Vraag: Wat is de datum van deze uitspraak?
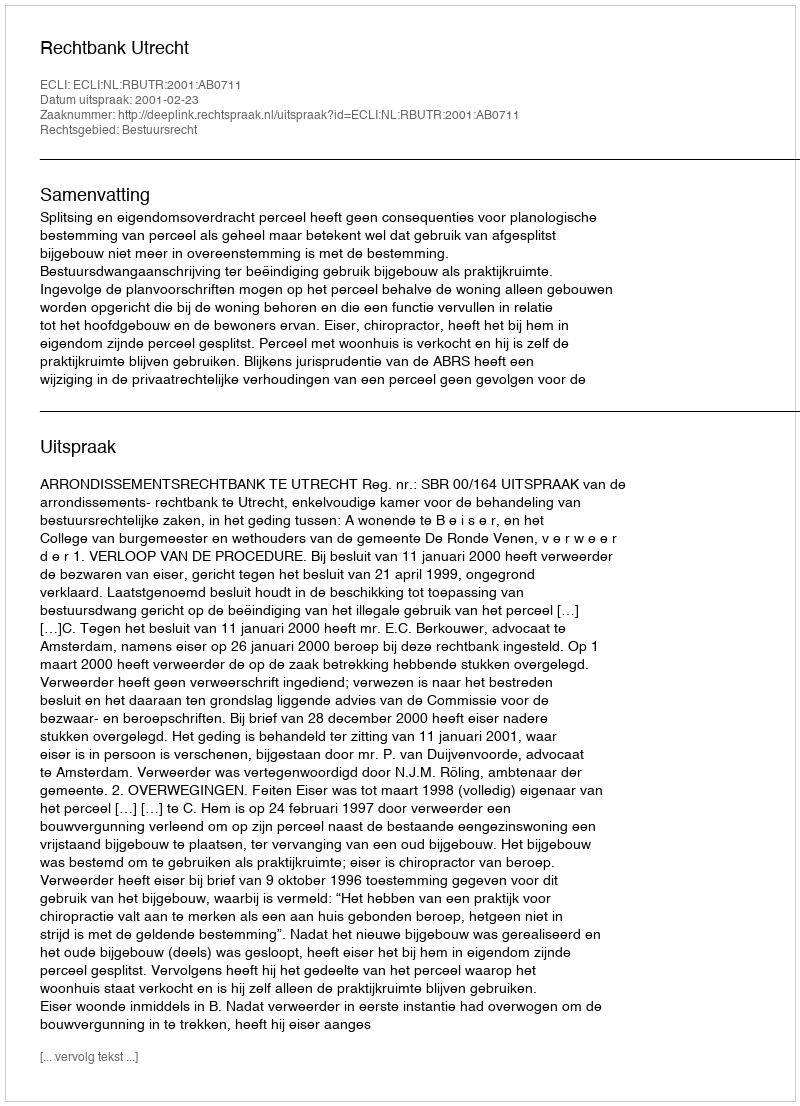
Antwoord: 2001-02-23